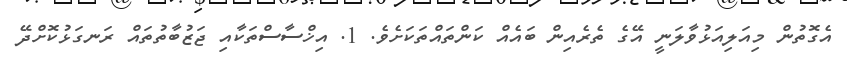
އެގޮތުން މިއަލިއަޅުވާލަނީ އޭގެ ތެރެއިން ބައެއް ކަންތައްތަކަށެވެ. 1. އިޚްސާސްތަކާއި ޖަޒުބާތުތައް ރަނގަޅުކޮށްދޭ